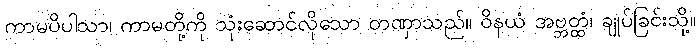
ကာမပိပါသာ၊ ကာမတို့ကို သုံးဆောင်လိုသော တဏှာသည်။ ဝိနယံ အဗ္ဘတ္ထံ၊ ချုပ်ခြင်းသို့။